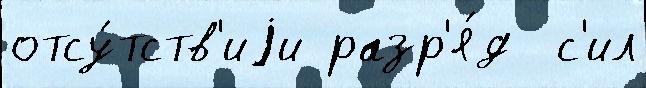
отсу́тств'иjи разр'я́д  с'ил